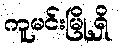
ကူမင်းမြို့ရှိ